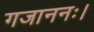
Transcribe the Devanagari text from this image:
गजाननः।